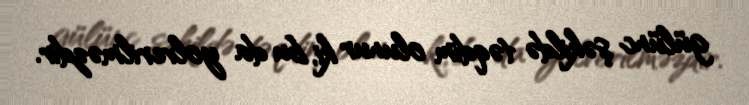
gülünc şəkildə təqdim olunur ki, bu da yolverilməzdir.